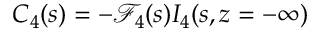
C _ { 4 } ( s ) = - \mathscr { F } _ { 4 } ( s ) I _ { 4 } ( s , z = - \infty )